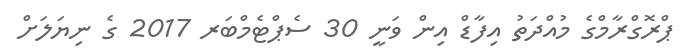
ޕްރޮގްރާމްގެ މުއްދަތު އިފާޑް އިން ވަނީ 30 ސެޕްޓެމްބަރ 2017 ގެ ނިޔަލަށް